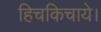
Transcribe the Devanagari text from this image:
हिचकिचाये।